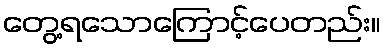
တွေ့ရသောကြောင့်ပေတည်း။